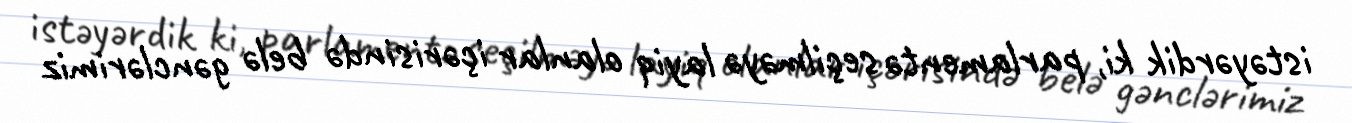
istəyərdik ki, parlamentə seçilməyə layiq olanlar içərisində belə gənclərimiz